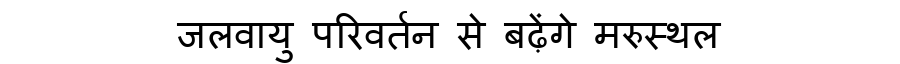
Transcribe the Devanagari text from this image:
जलवायु परिवर्तन से बढ़ेंगे मरुस्थल